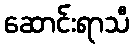
ဆောင်းရာသီ